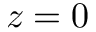
z = 0